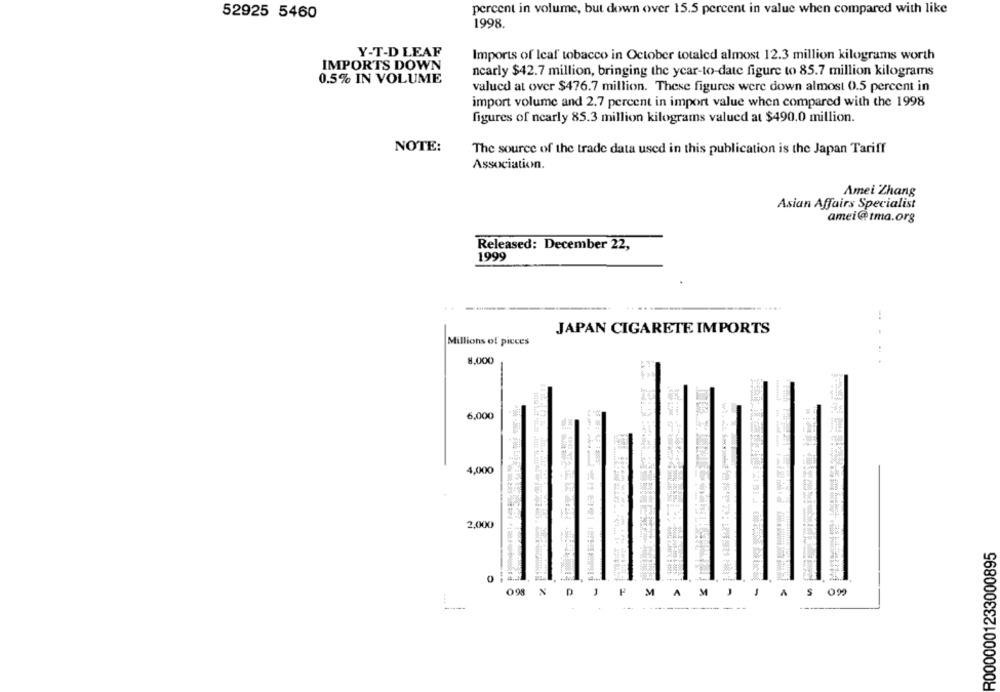
percent in volume, but down over 15.5 percent in value when compared with like
52925 5460
1998.
Y-T-D LEAF
Imports of Icaf tobacco in October totaled almost 12.3 million kilograms worth
IMPORTS DOWN
ncarly $42.7 million, bringing the ycar-to-date figure to 85.7 million kilograms
0.5% IN VOLUME
valued at over $476.7 million. These figures were down almost 0.5 percent in
import volume and 2.7 percent in import value when compared with the 1998
figures of nearly 85.3 million kilograms valued at $490.0 million.
NOTE:
The source of the trade data used in this publication is the Japan Tariff
Association.
Amei Zhang
Asian Affairs Specialist
amei@tma.org
Released: December 22,
1999
-.
JAPAN CIGARETE IMPORTS
Millions of pieces
8,000
$ 20
6,000
4,000
2,000
R0000001233000895
098
D
J
MAMJJ
A
$
099